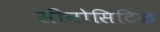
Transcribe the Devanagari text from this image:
सीनोसिटिक